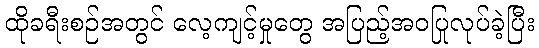
ထိုခရီးစဉ်အတွင် လေ့ကျင့်မှုတွေ အပြည့်အဝပြုလုပ်ခဲ့ပြီး